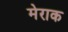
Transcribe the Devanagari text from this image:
मेराक